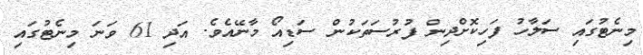
މިނެޓުގައި ސަލާހު ފަހިކޮށްދިން ފުރުސަތަކުން ސަޑިއޯ މާނޭއެވެ. އަދި 61 ވަނަ މިނެޓުގައި